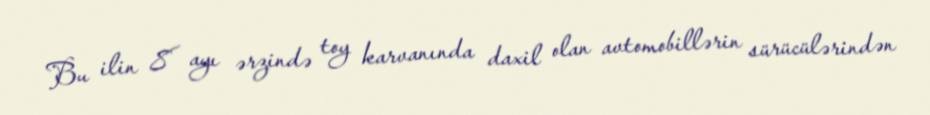
Bu ilin 8 ayı ərzində toy karvanında daxil olan avtomobillərin sürücülərindən